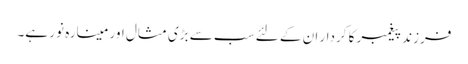
فرزند پیغمبر کا کردار ان کے لئے سب سے بڑی مثال اور مینارہ نور ہے۔